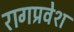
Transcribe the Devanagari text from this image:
रागप्रवेश